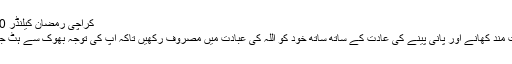
کراچی رمضان کیلنڈر 2020
صحت مند کھانے اور پانی پینے کی عادت کے ساتھ ساتھ خود کو اللہ کی عبادت میں مصروف رکھیں تاکہ آپ کی توجہ بھوک سے ہٹ جائے ۔